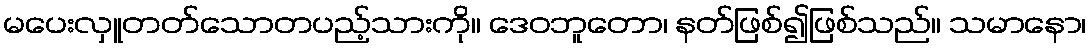
မပေးလှူတတ်သောတပည့်သားကို။ ဒေဝဘူတော၊ နတ်ဖြစ်၍ဖြစ်သည်။ သမာနော၊